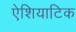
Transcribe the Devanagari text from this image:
ऐशियाटिक